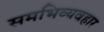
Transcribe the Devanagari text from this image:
समभिव्यवहार